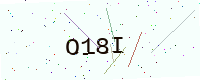
Text: O18I